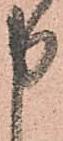
申